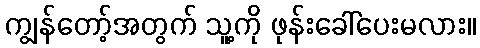
ကျွန်တော့်အတွက် သူ့ကို ဖုန်းခေါ်ပေးမလား။